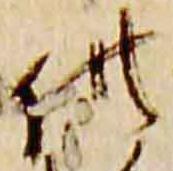
供